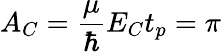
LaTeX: A_{C}=\frac{\mu}{\hbar}E_{C}t_{p}=\pi